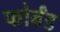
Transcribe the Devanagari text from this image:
फोर्बंड